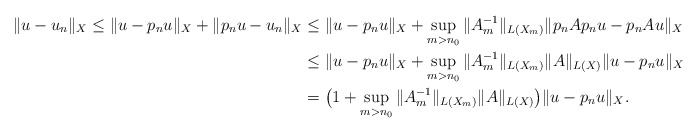
\begin{align*}\|u-u_n\|_{X} \leq \|u-p_nu\|_{X}+\|p_nu-u_n\|_{X}&\leq \|u-p_nu\|_{X}+ \sup_{m>n_0} \|A_m^{-1}\|_{L(X_m)} \|p_nAp_nu-p_nAu\|_{X}\\&\leq \|u-p_nu\|_{X}+ \sup_{m>n_0} \|A_m^{-1}\|_{L(X_m)} \|A\|_{L(X)} \|u-p_nu\|_{X}\\&= \big(1+\sup_{m>n_0} \|A_m^{-1}\|_{L(X_m)} \|A\|_{L(X)}\big) \|u-p_nu\|_{X}.\end{align*}